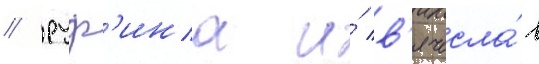
/ руф'ина и́ в'ячесла́в